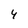
Character: 4